Report of the Indian Hemp Drugs Commission, 1894-1895 - Volume VII
Year: 1894
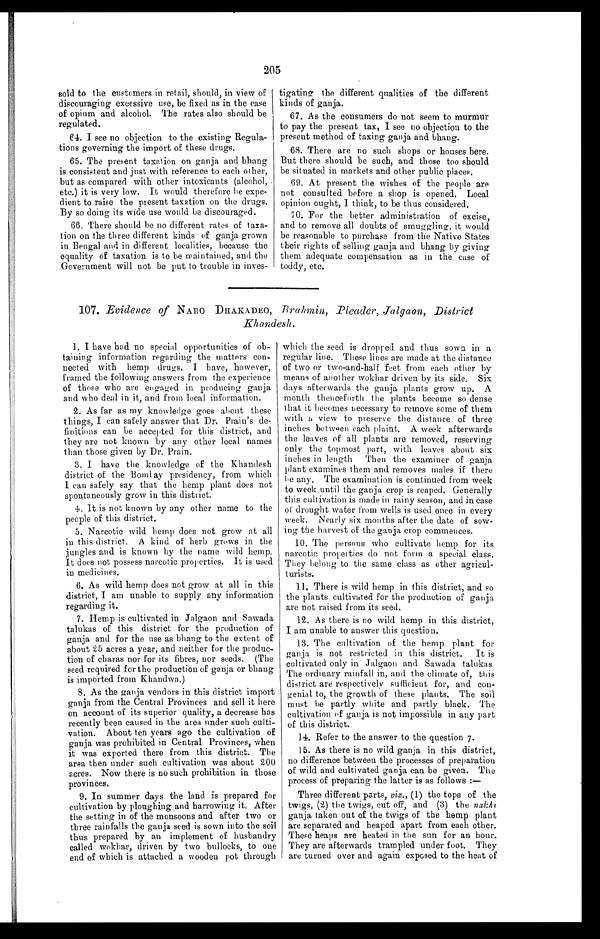
205
sold to the customers in retail, should, in view of
discouraging excessive use, be fixed as in the case
of opium and alcohol. The rates also should be
regulated.
64. I see no objection to the existing Regula-
tions governing the import of these drugs.
65. The present taxation on ganja and bhang
is consistent and just with reference to each other,
but as compared with other intoxicants (alcohol,
etc.) it is very low. It would therefore be expe-
dient to raise the present taxation on the drugs.
By so doing its wide use would be discouraged.
66. There should be no different rates of taxa-
tion on the three different kinds of ganja grown
in Bengal and in different localities, because the
equality of taxation is to be maintained, and the
Government will not be put to trouble in inves-
tigating the different qualities of the different
kinds of ganja.
67. As the consumers do not seem to murmur
to pay the present tax, I see no objection to the
present method of taxing ganja and bhang.
68. There are no such shops or houses here.
But there should be such, and those too should
be situated in markets and other public places.
69. At present the wishes of the people are
not consulted before a shop is opened. Local
opinion ought, I think, to be thus considered.
70. For the better administration of excise,
and to remove all doubts of smuggling, it would
be reasonable to purchase from the Native States
their rights of selling ganja and bhang by giving
them adequate compensation as in the case of
toddy, etc.
107. Evidence of NARO DHAKADEO, Brahmin, Pleader, Jalgaon, District
Khandesh.
1. I have had no special opportunities of ob-
taining information regarding the matters con-
nected with hemp drugs. I have, however,
framed the following answers from the experience
of those who are engaged in producing ganja
and who deal in it, and from local information.
2. As far as my knowledge goes about these
things, I can safely answer that Dr. Prain’s de-
finitions can be accepted for this district, and
they are not known by any other local names
than those given by Dr. Prain.
3. I have the knowledge of the Khandesh
district of the Bombay presidency, from which
I can safely say that the hemp plant does not
spontaneously grow in this district.
4. It is not known by any other name to the
people of this district.
5. Narcotic wild hemp does not grow at all
in this district. A kind of herb grows in the
jungles and is known by the name wild hemp.
It does not possess narcotic properties. It is used
in medicines.
6. As wild hemp does not grow at all in this
district, I am unable to supply any information
regarding it.
7. Hemp is cultivated in Jalgaon and Sawada
talukas of this district for the production of
ganja and for the use as bhang to the extent of
about 25 acres a year, and neither for the produc-
tion of charas nor for its fibres, nor seeds. (The
seed required for the production of ganja or bhang
is imported from Khandwa.)
8. As the ganja vendors in this district import
ganja from the Central Provinces and sell it here
on account of its superior quality, a decrease has
recently been caused in the area under such culti-
vation. About ten years ago the cultivation of
ganja was prohibited in Central Provinces, when
it was exported there from this district. The
area then under such cultivation was about 200
acres. Now there is no such prohibition in those
provinces.
9. In summer days the land is prepared for
cultivation by ploughing and harrowing it. After
the setting in of the monsoons and after two or
three rainfalls the ganja seed is sown into the soil
thus prepared by an implement of husbandry
called wokhar, driven by two bullocks, to one
end of which is attached a wooden pot through
which the seed is dropped and thus sown in a
regular line. These lines are made at the distance
of two or two-and-half feet from each other by
means of another wokhar driven by its side. Six
days afterwards the ganja plants grow up. A
month thenceforth the plants become so dense
that it becomes necessary to remove some of them
with a view to preserve the distance of three
inches between each plaint. A week afterwards
the leaves of all plants are removed, reserving
only the topmost part, with leaves about six
inches in length Then the examiner of ganja
plant examines them and removes males if there
be any. The examination is continued from week
to week until the ganja crop is reaped, Generally
this cultivation is made in rainy season, and in case
of drought water from wells is used once in every
week. Nearly six months after the date of sow-
ing the harvest of the ganja crop commences.
10. The persons who cultivate hemp for its
narcotic properties do not form a special class.
They belong to the same class as other agricul-
turists.
11. There is wild hemp in this district, and so
the plants cultivated for the production of ganja
are not raised from its seed.
12. As there is no wild hemp in this district,
I am unable to answer this question.
13. The cultivation of the hemp plant for
ganja is not restricted in this district. It is
cultivated only in Jalgaon and Sawada talukas
The ordinary rainfall in, and the climate of, this
district are respectively sufficient for, and con-
genial to, the growth of these plants. The soil
must be partly white and partly black. The
cultivation of ganja is not impossible in any part
of this district.
14.
Refer to the answer to the question 7.
15. As there is no wild ganja in this district,
no difference between the processes of preparation
of wild and cultivated ganja can be given. The
process of preparing the latter is as follows :
—
Three different parts, viz., (1) the tops of the
twigs, (2) the twigs, cut off, and (3) the n a k h i
ganja taken out of the twigs of the hemp plant
are separated and heaped apart from each other.
These heaps are heated in the sun for an hour.
They are afterwards trampled under foot. They
are turned over and again exposed to the heat of